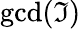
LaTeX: \gcd(\mathfrak{I})